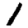
Digit: 1